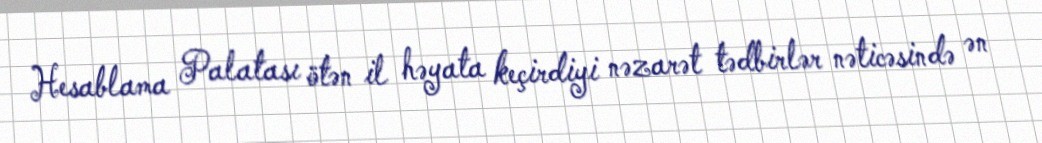
Hesablama Palatası ötən il həyata keçirdiyi nəzarət tədbirlər nəticəsində ən